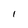
Character: l